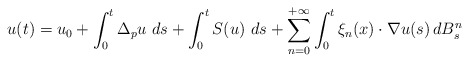
\begin{align*} u (t) = u_0 + \int_0^t \Delta_p u \, \, d s + \int_0^t S(u) \, \, d s + \sum_{n=0}^{+\infty} \int_0^t \xi_{n} (x) \cdot \nabla u (s) \, d B_s^{n} \end{align*}